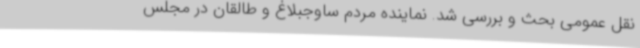
نقل عمومی بحث و بررسی شد. نماینده مردم ساوجبلاغ و طالقان در مجلس